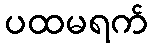
ပထမရက်